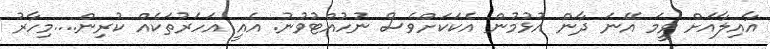
އާއިލާއަށް ވީމަ އޭނަ ދާން އުޅުމުން އެކަކަށްވެސް ނުހުއްޓުވުނު. އެއީ އަހަރުތަކެއް ކުރިން....މިހާރު